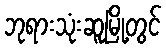
ဘုရားသုံးဆူမြို့တွင်